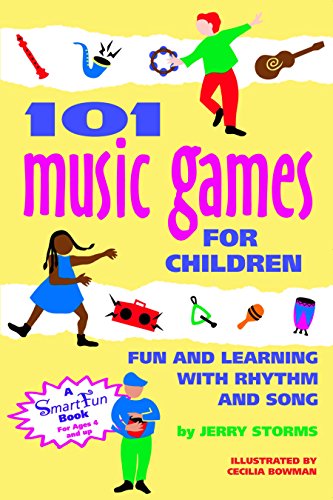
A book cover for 101 Music Games for Children: Fun and Learning with Rhythm and Song (SmartFun Activity Books); Jerry Storms; Children's Books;